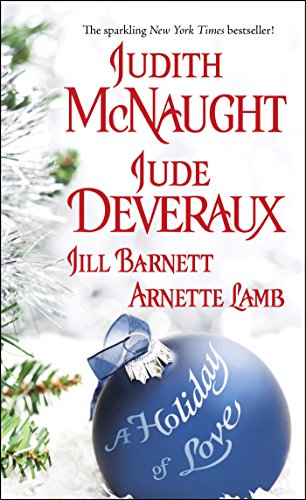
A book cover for A Holiday of Love; Jude Deveraux; Romance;